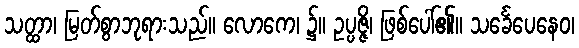
သတ္ထာ၊ မြတ်စွာဘုရားသည်။ လောကေ၊ ၌။ ဥပ္ပဇ္ဇိ၊ ဖြစ်ပေါ်၏။ သင်္ခေပေနေဝ၊